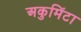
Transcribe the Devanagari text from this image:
अकुमिंटा